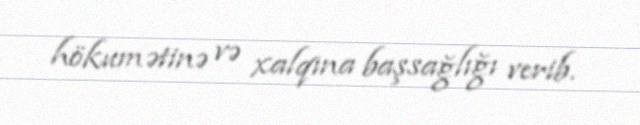
hökumətinə və xalqına başsağlığı verib.